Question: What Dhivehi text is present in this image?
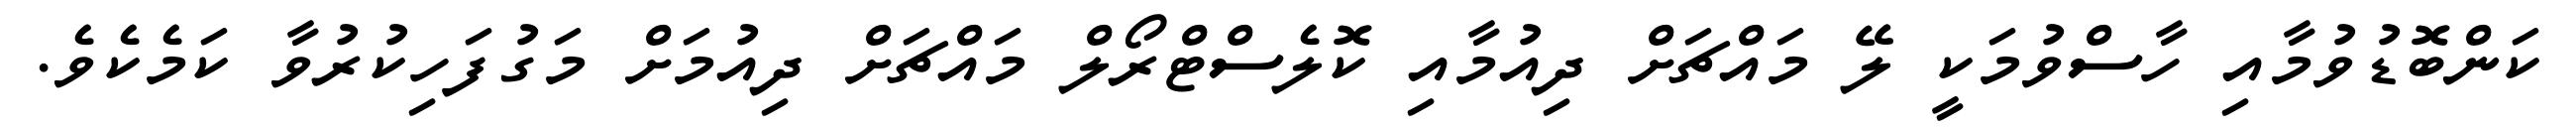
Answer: ކަންބޮޑުވުމާއި ހާސްވުމަކީ ލޭ މައްޗަށް ދިއުމާއި ކޮލެސްޓްރޯލް މައްޗަށް ދިއުމަށް މަގުފަހިކުރުވާ ކަމެކެވެ.